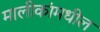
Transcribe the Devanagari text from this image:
मालीकांमधील